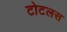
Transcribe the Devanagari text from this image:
टोटलस